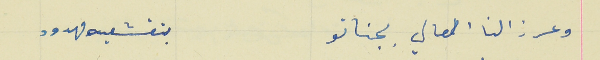
وعرزالنا العالي بجناتو                                 بتقشعيه مهدود